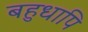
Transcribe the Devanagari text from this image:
बहुधापि